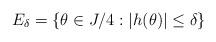
LaTeX: \begin{align*} E_\delta=\{\theta\in J/4:|h(\theta)|\le\delta\} \end{align*}